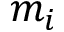
m _ { i }